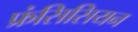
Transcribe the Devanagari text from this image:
फ्रंसिसियन